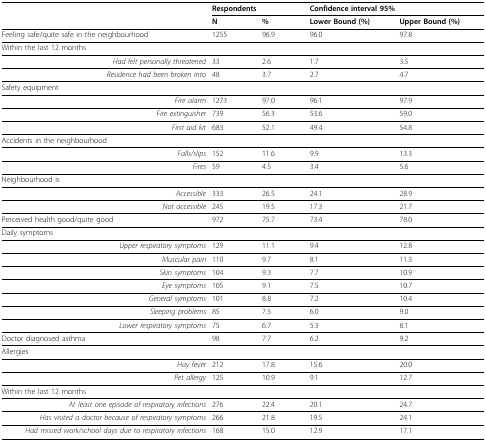
<table><thead><tr><td></td><td colspan="2"><b>Respondents</b></td><td colspan="2"><b>Confidence interval 95%</b></td></tr><tr><td></td><td><b>N</b></td><td><b>%</b></td><td><b>Lower Bound (%)</b></td><td><b>Upper Bound (%)</b></td></tr></thead><tbody><tr><td>Feeling safe/quite safe in the neighbourhood</td><td>1255</td><td>96.9</td><td>96.0</td><td>97.8</td></tr><tr><td>Within the last 12 months</td><td></td><td></td><td></td><td></td></tr><tr><td><i>Had felt personally threatened</i></td><td>33</td><td>2.6</td><td>1.7</td><td>3.5</td></tr><tr><td><i>Residence had been broken into</i></td><td>48</td><td>3.7</td><td>2.7</td><td>4.7</td></tr><tr><td>Safety equipment</td><td></td><td></td><td></td><td></td></tr><tr><td><i>Fire alarm</i></td><td>1273</td><td>97.0</td><td>96.1</td><td>97.9</td></tr><tr><td><i>Fire extinguisher</i></td><td>739</td><td>56.3</td><td>53.6</td><td>59.0</td></tr><tr><td><i>First aid kit</i></td><td>683</td><td>52.1</td><td>49.4</td><td>54.8</td></tr><tr><td>Accidents in the neighbourhood</td><td></td><td></td><td></td><td></td></tr><tr><td><i>Falls/slips</i></td><td>152</td><td>11.6</td><td>9.9</td><td>13.3</td></tr><tr><td><i>Fires</i></td><td>59</td><td>4.5</td><td>3.4</td><td>5.6</td></tr><tr><td>Neighbourhood is</td><td></td><td></td><td></td><td></td></tr><tr><td><i>Accessible</i></td><td>333</td><td>26.5</td><td>24.1</td><td>28.9</td></tr><tr><td><i>Not accessible</i></td><td>245</td><td>19.5</td><td>17.3</td><td>21.7</td></tr><tr><td>Perceived health good/quite good</td><td>972</td><td>75.7</td><td>73.4</td><td>78.0</td></tr><tr><td>Daily symptoms</td><td></td><td></td><td></td><td></td></tr><tr><td><i>Upper respiratory symptoms</i></td><td>129</td><td>11.1</td><td>9.4</td><td>12.8</td></tr><tr><td><i>Muscular pain</i></td><td>110</td><td>9.7</td><td>8.1</td><td>11.3</td></tr><tr><td><i>Skin symptoms</i></td><td>104</td><td>9.3</td><td>7.7</td><td>10.9</td></tr><tr><td><i>Eye symptoms</i></td><td>105</td><td>9.1</td><td>7.5</td><td>10.7</td></tr><tr><td><i>General symptoms</i></td><td>101</td><td>8.8</td><td>7.2</td><td>10.4</td></tr><tr><td><i>Sleeping problems</i></td><td>85</td><td>7.5</td><td>6.0</td><td>9.0</td></tr><tr><td><i>Lower respiratory symptoms</i></td><td>75</td><td>6.7</td><td>5.3</td><td>8.1</td></tr><tr><td>Doctor diagnosed asthma</td><td>98</td><td>7.7</td><td>6.2</td><td>9.2</td></tr><tr><td>Allergies</td><td></td><td></td><td></td><td></td></tr><tr><td><i>Hay fever</i></td><td>212</td><td>17.8</td><td>15.6</td><td>20.0</td></tr><tr><td><i>Pet allergy</i></td><td>125</td><td>10.9</td><td>9.1</td><td>12.7</td></tr><tr><td>Within the last 12 months</td><td></td><td></td><td></td><td></td></tr><tr><td><i>At least one episode of respiratory infections</i></td><td>276</td><td>22.4</td><td>20.1</td><td>24.7</td></tr><tr><td><i>Has visited a doctor because of respiratory symptoms</i></td><td>266</td><td>21.8</td><td>19.5</td><td>24.1</td></tr><tr><td><i>Had missed work/school days due to respiratory infections</i></td><td>168</td><td>15.0</td><td>12.9</td><td>17.1</td></tr></tbody></table>